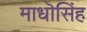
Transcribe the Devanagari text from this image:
माधॊसिंह